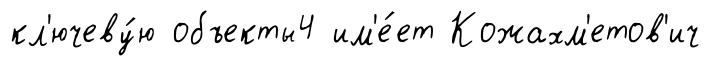
кл'ючеву́ю объекты4 им'е́ет Кожахм'етов'ич